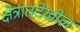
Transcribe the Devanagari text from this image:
क्षेत्रातदेखील